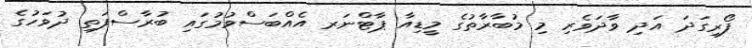
ފޯރިގަދަ އަދި ވާދަވެރި މި މުބާރާތުގެ މީޑިއާ ޕާޓްނަރ އެއްބަސްވުމުގައި ބުރާސްފަތި ދުވަހުގެ